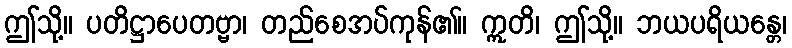
ဤသို့။ ပတိဋ္ဌာပေတဗ္ဗာ၊ တည်စေအပ်ကုန်၏။ ဣတိ၊ ဤသို့။ ဘယပရိယန္တေ၊